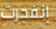
إنفجرت